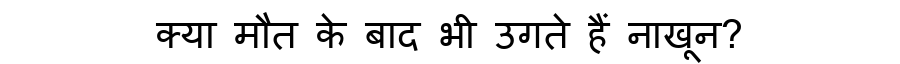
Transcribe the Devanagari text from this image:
क्या मौत के बाद भी उगते हैं नाखून?